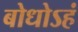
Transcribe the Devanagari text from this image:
बोधोऽहं